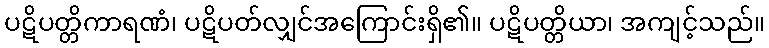
ပဋိပတ္တိကာရဏံ၊ ပဋိပတ်လျှင်အကြောင်းရှိ၏။ ပဋိပတ္တိယာ၊ အကျင့်သည်။